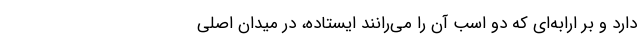
دارد و بر ارابه‌ای که دو اسب آن را می‌رانند ایستاده، در میدان اصلی